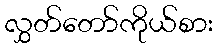
လွှတ်တော်ကိုယ်စား